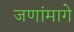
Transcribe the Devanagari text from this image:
जणांमागे